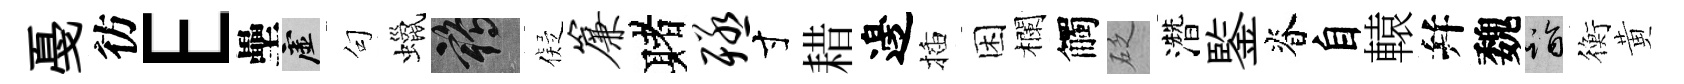
戞彷E壘虚句蠟鶴儗帘赌殛寸耤邊插困欄觸砭濳鍳脊自轅幷魏诣衡黄